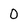
Character: 0